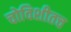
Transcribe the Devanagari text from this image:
चोविशीतच